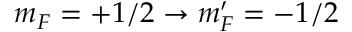
m _ { F } = + 1 / 2 \rightarrow m _ { F } ^ { \prime } = - 1 / 2